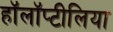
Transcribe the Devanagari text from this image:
हॉलॉप्टीलिया